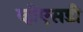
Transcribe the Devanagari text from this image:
व्हीएसडी